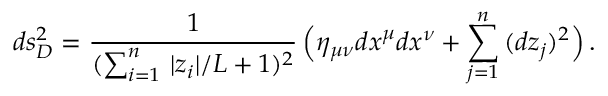
d s _ { D } ^ { 2 } = \frac { 1 } { ( \sum _ { i = 1 } ^ { n } \, | z _ { i } | / L + 1 ) ^ { 2 } } \, \Big ( \eta _ { \mu \nu } d x ^ { \mu } d x ^ { \nu } + \sum _ { j = 1 } ^ { n } \, ( d z _ { j } ) ^ { 2 } \Big ) \, .